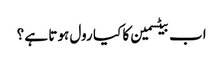
اب بیٹسمین کا کیا رول ہوتا ہے ؟